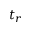
t _ { r }